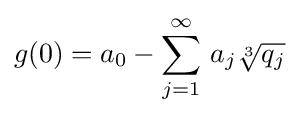
g(0)=a_{0}-\sum _{j=1}^{\infty }\,a_{j}{\sqrt[{3}]{q_{j}}}